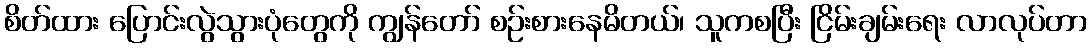
စိတ်ထား ပြောင်းလွဲသွားပုံတွေကို ကျွန်တော် စဉ်းစားနေမိတယ်၊ သူကစပြီး ငြိမ်းချမ်းရေး လာလုပ်တာ